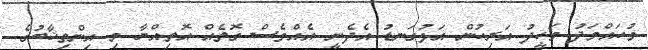
މުހައްމަދު ވަހީދު އަރިހުން އަޅުގަނޑު އެދެނީ އެއްވެސް ގޮތެއް އޮތިއްޔާ މި އިންތިޚާބުގެ